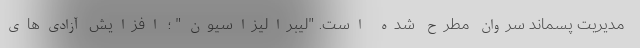
مدیریت پسماند سروان مطرح شده است. "لیبرالیزاسیون" ؛ افزایش آزادی‌های